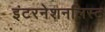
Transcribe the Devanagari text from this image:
इंटरनेशनलिस्ट